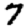
Digit: 7